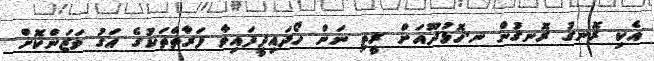
އެކި ރޮނގު ރޮނގުން ނ.ހޮޅުދޫއަށް ރީތި ނަން ހޯދައިދީފައިވާ ފަރާތްތަކުގެ އަގު ވަޒަންކޮށް